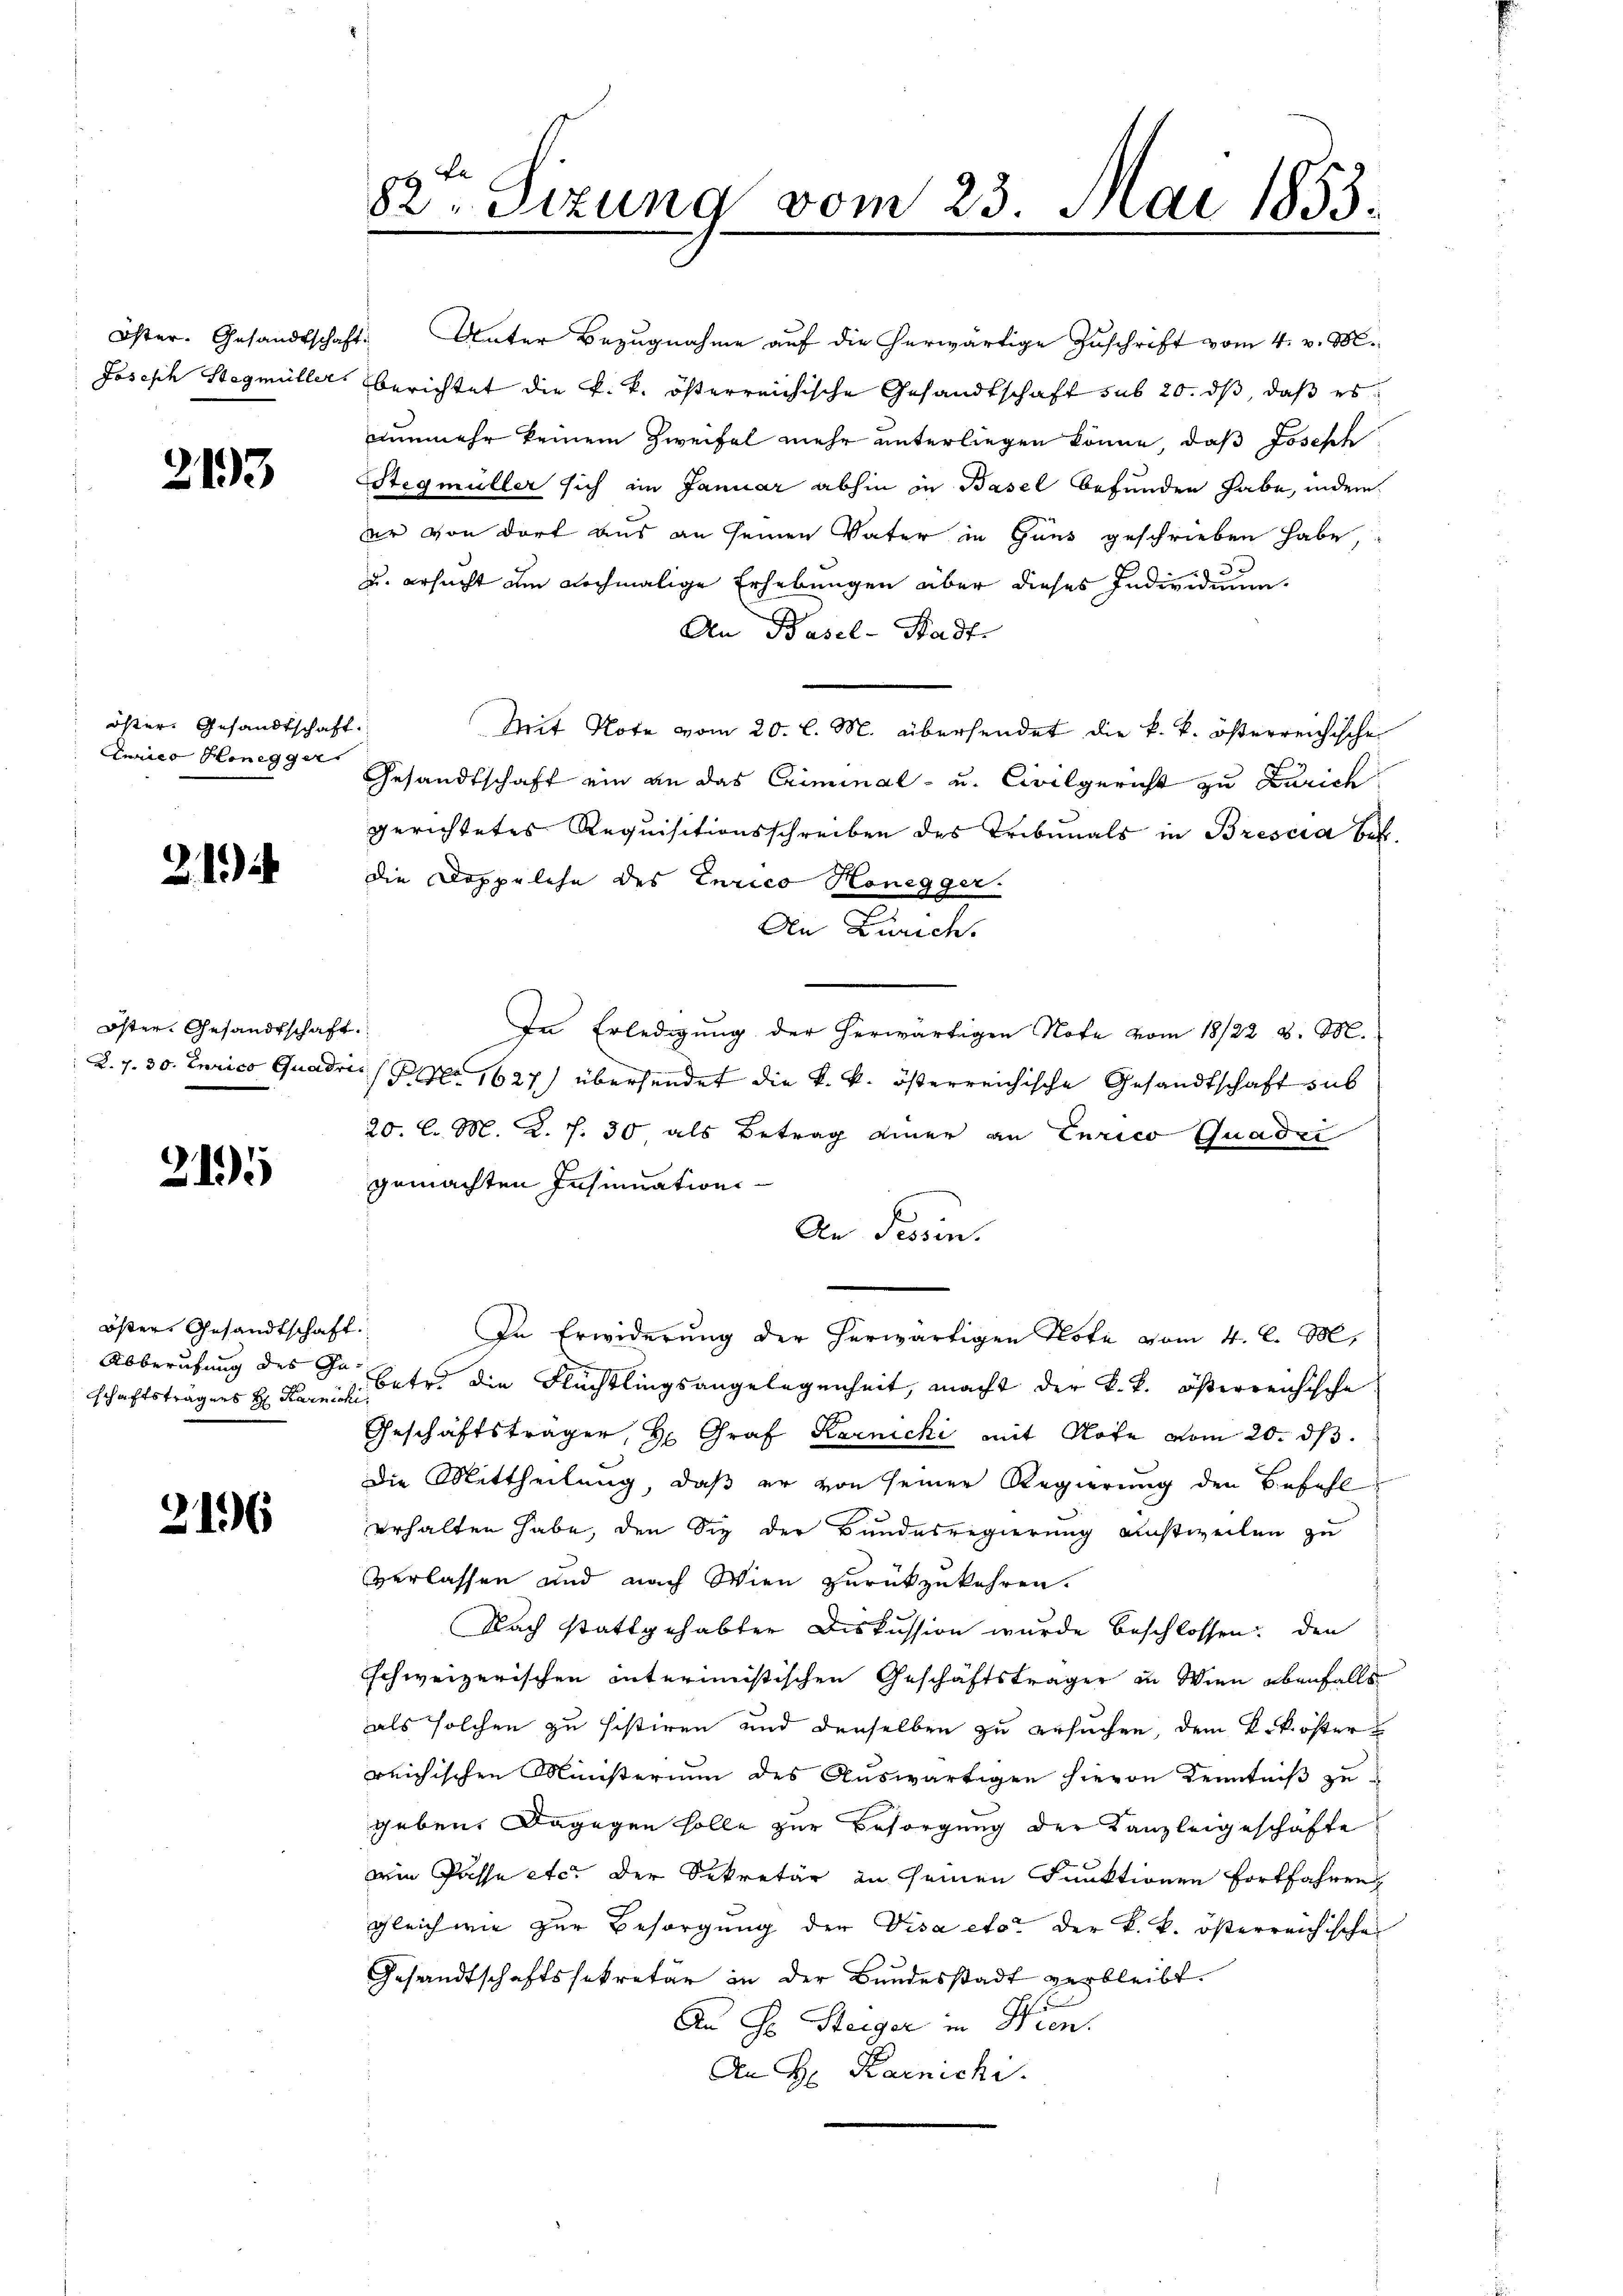
2193

öster. Gesandtschaft.
Lunier Honegger

21)

Öster Gesandtschaft

3195

östers Gesandtschaft.
Abberufung des Ge¬

3196

Öster. Gesandtschaft. Unter Bezugnahme auf die herwärtige Zuschrift vom 4. v. M.
Joseph Stegmüller berichtet die k. k. österreichische Gesandtschaft sub 20. ds, daß es
nunmehr keinem Zweifel mehr unterliegen könne, daß Josesch
Stegmüller sich im Januar abhin in Basel befunden habe, indem
der von dort aus an seinen Vater in Gans geschrieben habe,
u. ersucht am nochmalige Erhebungen über dieses Individuum.
An Basel-Stadt
Mit Note vom 20. l. M. übersendet die k. k. österreichische
Gesandtschaft ein an das Criminal- u. Civilgericht zu Zürich
gerichtetes Requisitionsschreiben des Tribunals in Brescia Bett.
die Doppelche des Curico Honegger.
An Zürich.
In Erledigung der herwärtigen Note vom 18/22 8. M.
L. 7. 30. Jurico Quadrir (S. 1627) übersendet die k. k. österreichische Gesandtschaft sub
20. l. M. K. s. 30 als Betrag einer an Eurico Gnade
gemachten Insinuation
An Tessin.
In Erwiderung der herwärtigen Note vom 4. l. M.
schaftsträgers H. Paris Betr. die Flüchtlingsangelegenheit, macht der k. k. österreichische
Geschäftsträger, Hr. Graf Karnichi mit Note vom 20. ds.
Die Mittheilung, daß er von seiner Regierung den Befehl
erhalten habe, den Sie der Bundesregierung einstweilen zu
verlassen und nach Wien zurückzukehren.
Nach stattgehabter Diskussion wurde beschlossen: den
schweizerischen interimistischen Geschäftsträger in Wien ebenfalls
als solchen zu sistiren und denselben zu ersuchen, dem K. k. öster
reichischen Ministerium des Auswärtigen hievon Kenntniß zu
geben. Dagegen solle zur Besorgung der Kanzleigeschäfte
win Pässe etc. der Sekretär in seinen Funktionen fortfahren
gleich wie zur Besorgung der Visa etc. der k. k. österreichische
Gesandtschaftssekretär in der Bundesstadt verbleibt.
An Hr. Steiger in Wien.
An Hr. Karnichi

82: Sizung vom 23. Mai 1853.